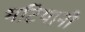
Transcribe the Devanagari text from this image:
भटियानी